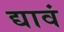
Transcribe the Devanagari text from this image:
द्यावं